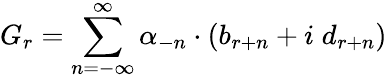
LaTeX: G_{r}=\sum_{n=-\infty}^{\infty}\alpha_{-n}\cdot(b_{r+n}+i\; d_{r+n})